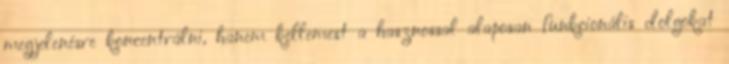
megjelenésre koncentrálni, hanem kellemest a hasznossal alaposan funkcionális dolgokat